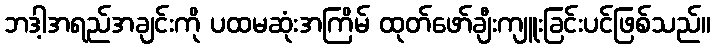
ဘဒါ့အရည်အချင်းကို ပထမဆုံးအကြိမ် ထုတ်ဖော်ချီးကျူးခြင်းပင်ဖြစ်သည်။